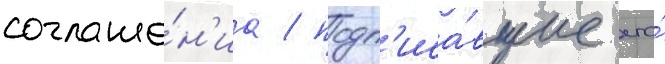
соглаше́н'иа / подп'иса́вшие его́